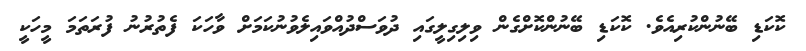
ކޮކަޑި ބޭނުންކުރިއެވެ. ކޮކަޑި ބޭނުންކޮށްގެން ވިލިގިލީގައި ދުވަސްދުއްވައިލެވުނުކަމަށް ވާހަކަ ފެތުރުނު ފުރަތަމަ މީހަކީ